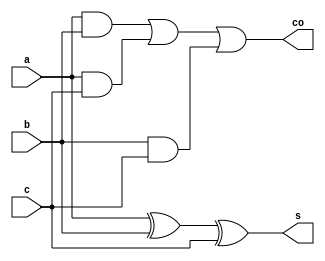
`timescale  1ns/1ns
module fa(a,b,c,s,co);
input a,b,c;
output s,co;
wire s1,s2,s3;
xor(s,a,b,c);
and(s1,a,b);
and(s2,a,c);
and(s3,b,c);
or(co,s1,s2,s3);
endmodule